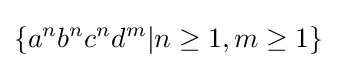
\{a^{n}b^{n}c^{n}d^{m}|n\geq 1,m\geq 1\}